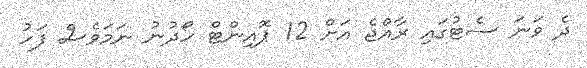
ދެ ވަނަ ސެޓުގައި ރާއްޖެ އަށް 12 ޕޮއިންޓް ހޯދުނު ނަމަވެސް ފަހު